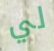
لي